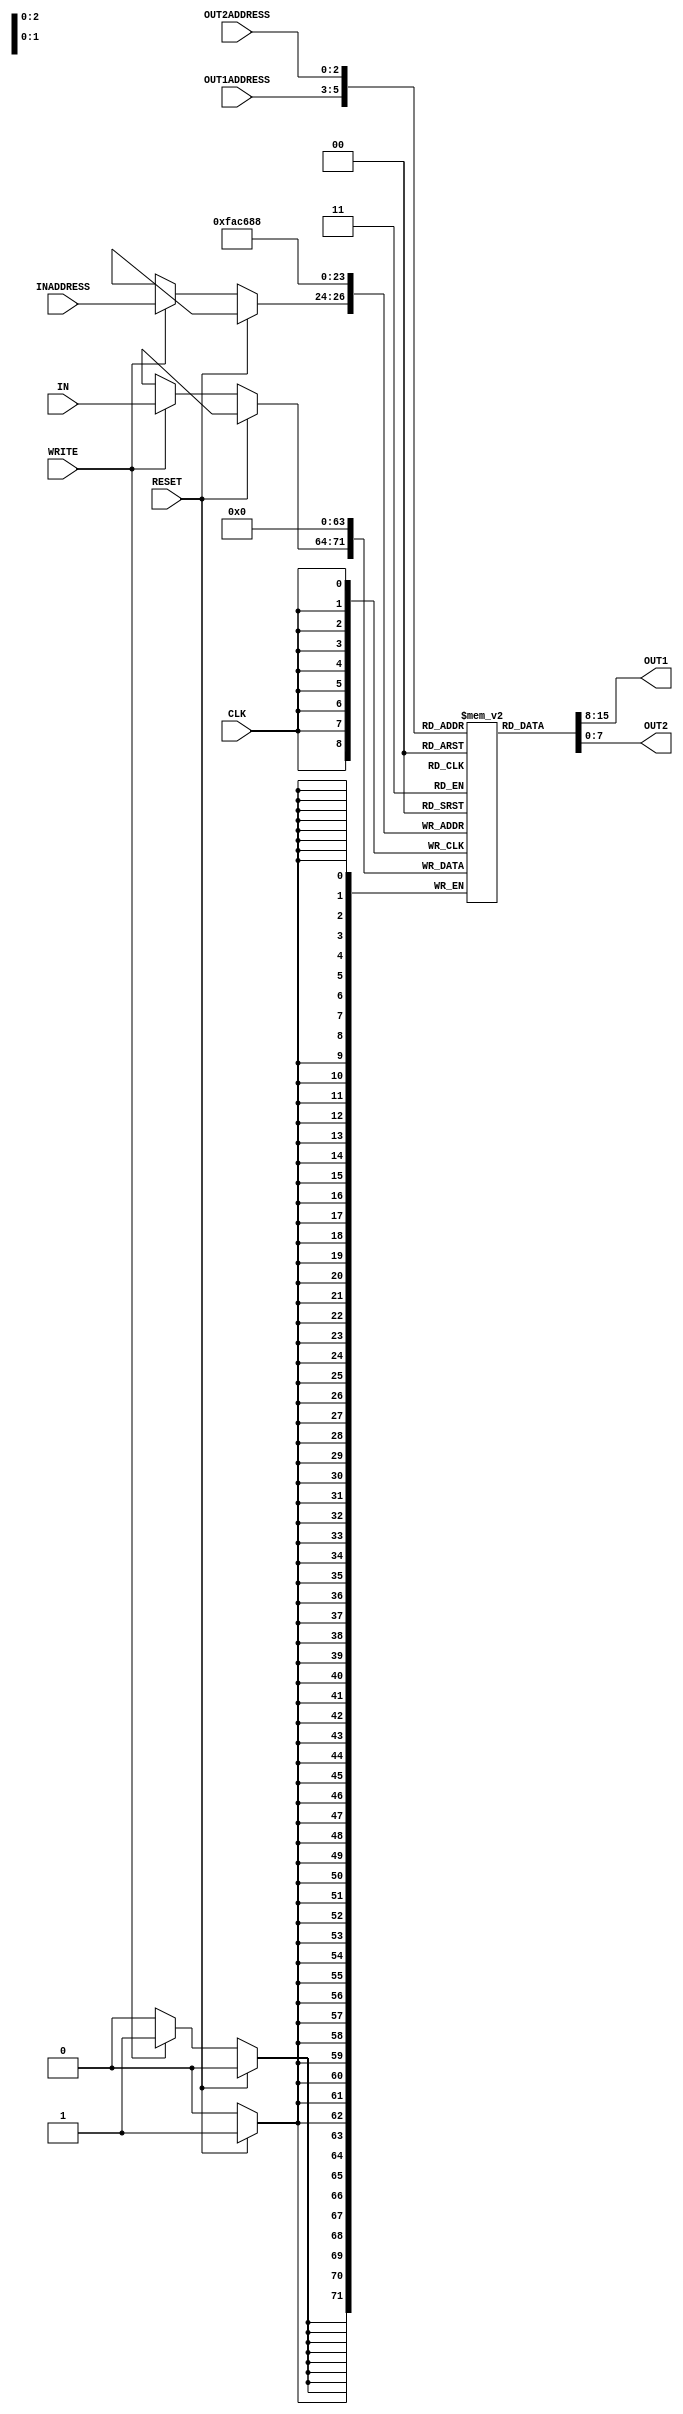
/*                              MODULE FOR THE REGISTER FILE                        */



module reg_file (IN, OUT1, OUT2, INADDRESS, OUT1ADDRESS, OUT2ADDRESS, WRITE, CLK, RESET);


    // Input output port declaration ------------------------------------------------------------
    input [7:0] IN;                                         // 8-bit wire
    input [2:0] INADDRESS, OUT1ADDRESS, OUT2ADDRESS;        // ADDRESS ports are all 3-bit buses
    input WRITE, RESET, CLK;                                // single bit wires
    output [7:0] OUT1, OUT2;                                // 8-bit wires 
    // ------------------------------------------------------------------------------------------


    // Declaring 8 8-bit registers
    reg [7:0] REGISTER[7:0];


    // Reading values from registers is done asynchonously
    assign #2 OUT1 = REGISTER[OUT1ADDRESS];
    assign #2 OUT2 = REGISTER[OUT2ADDRESS];

    integer i;

    // Both writing to register and resetting are done synchronously  at the rising edge of the clock
    // Delay 1 simulation time unit
    always @ (posedge CLK)
    begin

        if ( RESET==1) begin                        // If reset is high all the registers are cleared
            #1 for (i=0; i<8; i=i+1) begin    
                REGISTER[i] = 0;                    
            end
        end
        else if ( WRITE==1 )begin                  // else if write is high input data is written to register
            #1 REGISTER[INADDRESS] = IN;         
        end

    end



    // For testing ----------------------------------------------------------------------------------------------------------------------------------------------------
    initial
    begin
        // monitor change in reg file content and print 
        #5;
        $display("\n\t\t\t=================================================");
        $display("\t\t\t Change of Register Content starting from Time #5");
        $display("\t\t\t=================================================\n");
        $display("\t\ttime\treg0\treg1\treg2\treg3\treg4\treg5\treg6\treg7");
        $display("\t\t--------------------------------------------------------------------");
        $monitor($time, "\t%d\t%d\t%d\t%d\t%d\t%d\t%d\t%d",REGISTER[0], REGISTER[1], REGISTER[2], REGISTER[3], REGISTER[4], REGISTER[5], REGISTER[6], REGISTER[7]);
    end
    // ----------------------------------------------------------------------------------------------------------------------------------------------------------------


endmodule